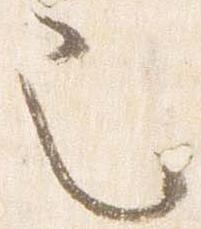
也